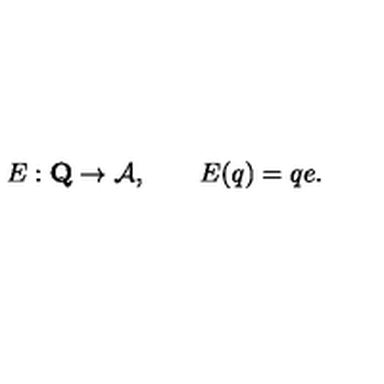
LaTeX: E : \mathbf { Q } \to \mathcal { A } , \qquad E ( q ) = q e .